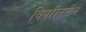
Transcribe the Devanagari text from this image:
विपरीततीन